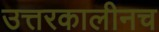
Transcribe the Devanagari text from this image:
उत्तरकालीनच